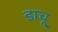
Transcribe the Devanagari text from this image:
डाचू